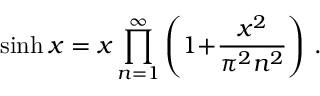
\sinh x = x \prod _ { n = 1 } ^ { \infty } \left( 1 { + } { \frac { x ^ { 2 } } { \pi ^ { 2 } n ^ { 2 } } } \right) \, .